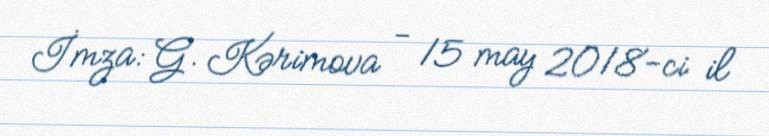
İmza: G. Kərimova - 15 may 2018-ci il